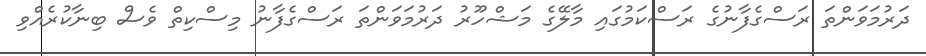
ދަރުމަވަންތަ ރަސްގެފާނުގެ ރަސްކަމުގައި މާލޭގެ މަޝްހޫރު ދަރުމަވަންތަ ރަސްގެފާނު މިސްކިތް ވެސް ބިނާކުރެއްވި